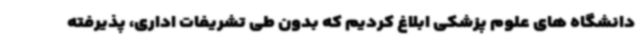
دانشگاه های علوم پزشکی ابلاغ کردیم که بدون طی تشریفات اداری، پذیرفته